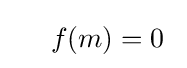
\quad \ f(m)=0~